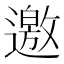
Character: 邀